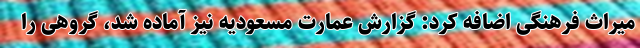
میراث فرهنگی اضافه کرد: گزارش عمارت مسعودیه نیز آماده شد، گروهی را